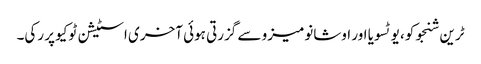
ٹرین شنجوکو، یوٹسویا اور اوشانومیزو سے گزرتی ہوئی آخری اسٹیشن ٹوکیو پر رکی۔